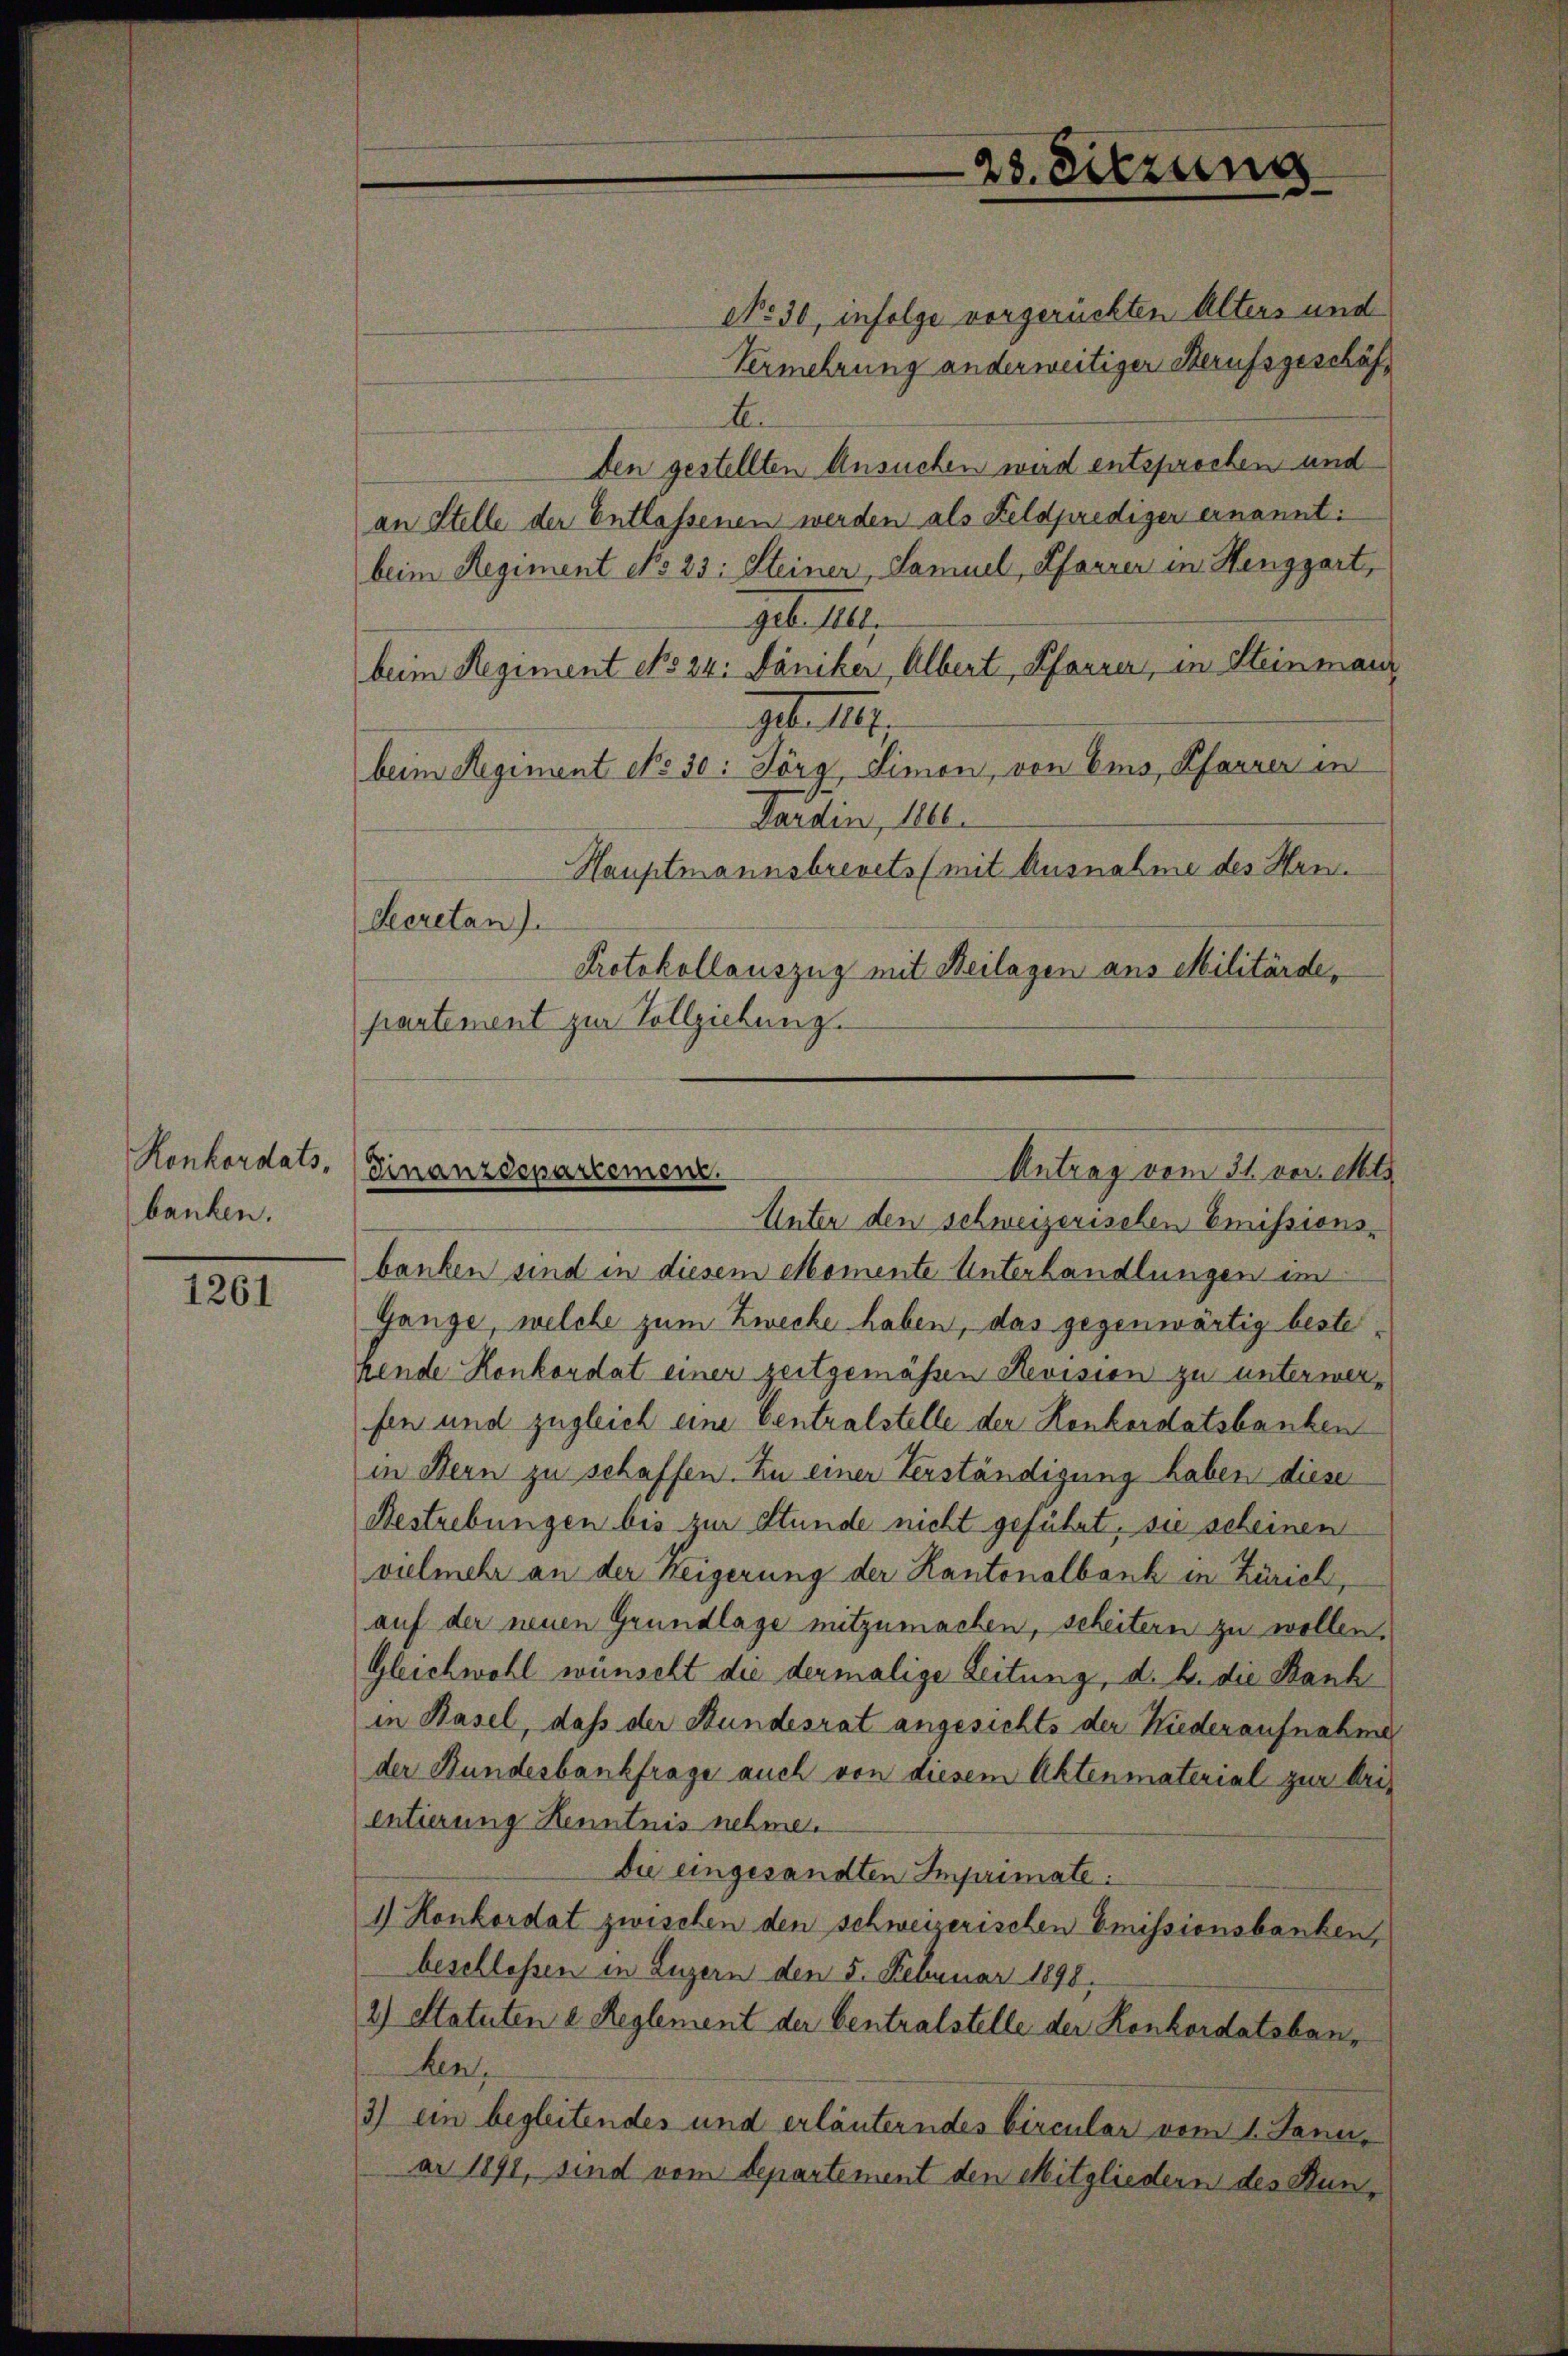
Ronkordats-
banken.

1261

NNo. 30, infolge vorgerückten Alters und
Vermehrung anderweitiger Berufsgeschäft
A
Den gestellten Ansuchen wird entsprochen und
an Stelle der Entlassenen werden als Feldprediger ernannt:
beim Regiment No 23: Steiner, Samuel, Pfarrer in Henggart,
geb. 1
beim Regiment cho 24. Jäniker, Albert, Pfarrer, in Steinmann
geb. III.
beim Regiment No 50: Jörg Simon, von Ems, Pfarrer in
Sardin, 1100.
Hauptmannsbrevets (mit Ausnahme des Hrn
Secretan J.
Protokollauszug mit Beilagen aus Militärde,
partement zur Vollziehung.

banken sind in diesem Momente Unterhandlungen im
Gange, welche zum Zwecke haben, das gegenwärtig beste
hende Konkordat einer zeitgemäßen Revision zu unterwerfen und zugleich eine Centralstelle der Konkordatsbanken
in Bern zu schaffen. In einer Verständigung haben diese
Bestrebungen bis zur Stunde nicht geführt, sie scheinen
vielmehr an der Weigerung der Kantonalbank in Zürich,
auf der neuen Grundlage mitzumachen, scheitern zu wollen,
Gleichwohl wünscht die dermalige Leitung, d. h. die Bank
in Basel, daß der Stundesrat angesichts der Niederaufnahme
der Bundesbankfrage auch von diesem Aktenmaterial zur Aris
entierung Kenntnis nehme.
Die eingesandten Imprimate:
1) Konkordat zwischen den schweizerischen Emissionsbanken,
beschlossen in Luzern den 5. Februar 1898.
2) Statuten 2. Reglement der Centralstelle der Konkordatsbanken,
3) ein begleitendes und erläuterndes Circular vom 1. Januar 1891, sind vom Separtement den Mitgliedern des Stun¬

28. Sitzung

Antrag vom 31. vor. Mts
Finanzdepartement.
Unter den schweizerischen Emissions-